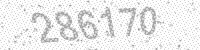
Solution: 286170